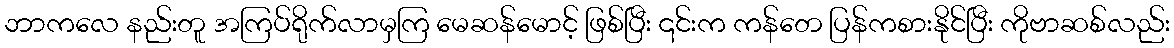
ဘာကလေ နည်းတူ အကြပ်ရိုက်လာမှကြ မေဆန်မောင့် ဖြစ်ပြီး ၎င်းက ကန်တေ ပြန်ကစားနိုင်ပြီး ကိုဗာဆစ်လည်း